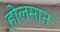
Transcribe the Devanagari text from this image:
होलमान